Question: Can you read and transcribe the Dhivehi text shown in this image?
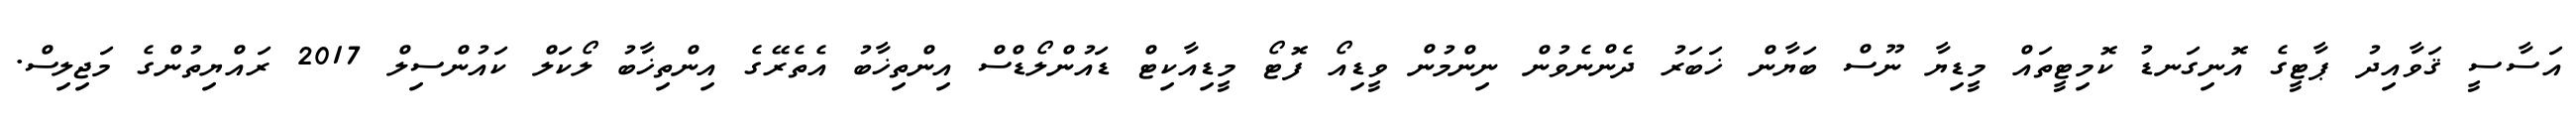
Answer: އަސާސީ ޤަވާއިދު ޕާޓީގެ އޮނިގަނޑު ކޮމިޓީތައް މީޑިޔާ ނޫސް ބަޔާން ޚަބަރު ދެންނެވުން ނިންމުން ވީޑިއޯ ފޮޓޯ މީޑިއާކިޓް ޑައުންލޯޑްސް އިންތިޚާބު އެތެރޭގެ އިންތިޚާބު ލޯކަލް ކައުންސިލް 2017 ރައްޔިތުންގެ މަޖިލިސް.